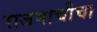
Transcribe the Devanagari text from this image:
राजमाचीचा